Problem: 3 × 6 = ?
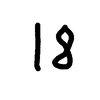
Handwritten answer: 18